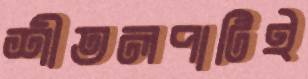
শীতলপাটিই